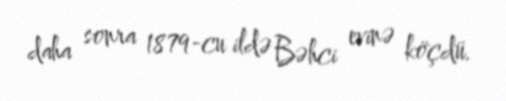
daha sonra 1879-cu ildə Bəhci evinə köçdü.